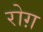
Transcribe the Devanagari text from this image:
रोग़